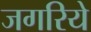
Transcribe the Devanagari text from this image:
जगरिये